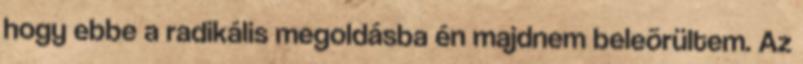
hogy ebbe a radikális megoldásba én majdnem beleõrültem. Az